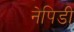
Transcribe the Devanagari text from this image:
नेपिडी